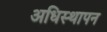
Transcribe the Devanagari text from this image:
अधिस्थापन